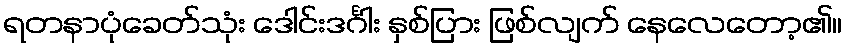
ရတနာပုံခေတ်သုံး ဒေါင်းဒင်္ဂါး နှစ်ပြား ဖြစ်လျက် နေလေတော့၏။